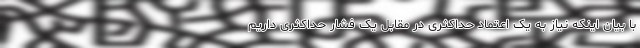
با بیان اینکه نیاز به یک اعتماد حداکثری در مقابل یک فشار حداکثری داریم